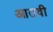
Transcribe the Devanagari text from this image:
आतवी